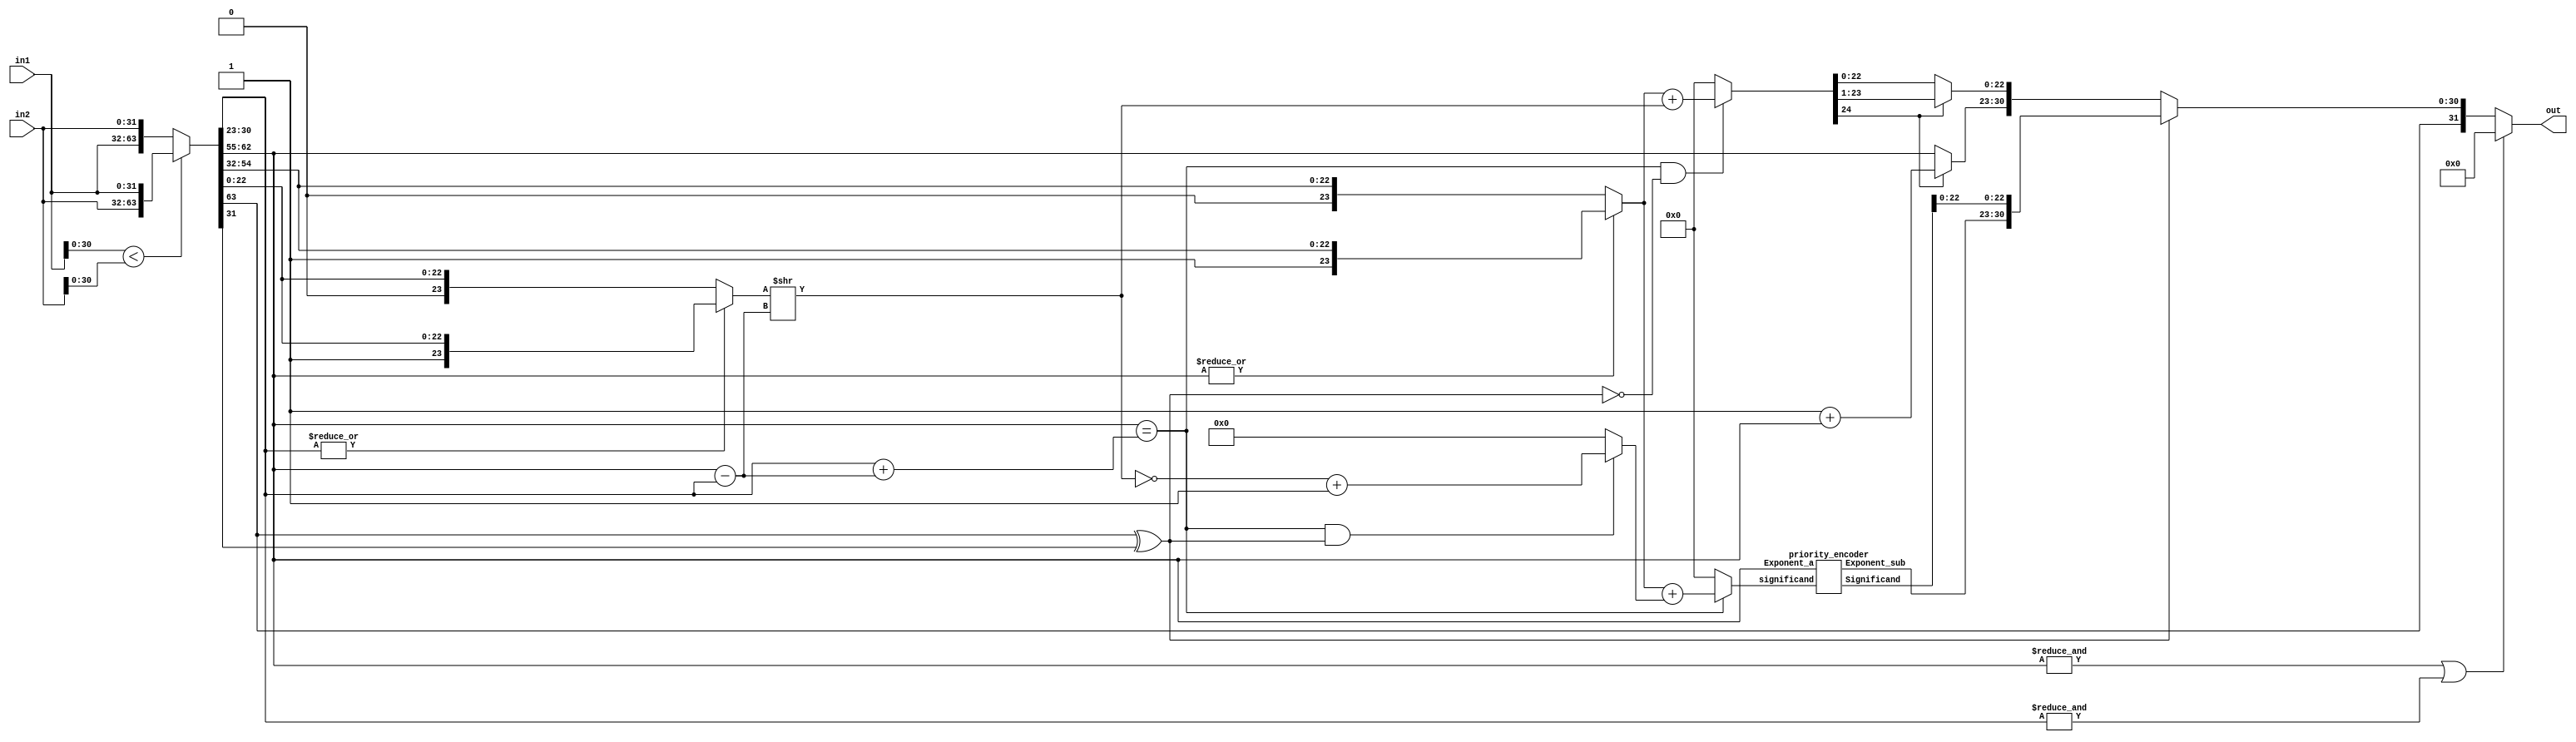
module add(
input [31:0] in1,in2, //Inputs in the format of IEEE-754 Representation.
output [31:0] out              //Outputs in the format of IEEE-754 Representation.
);

wire AddBar_Sub;				  //If Add_Sub is low then Addition else Subtraction.
wire Exception;
wire operation_sub_addBar;
wire Comp_enable;
wire output_sign;

wire [31:0] operand_a,operand_b;
wire [23:0] significand_a,significand_b;
wire [7:0] exponent_diff;


wire [23:0] significand_b_add_sub;
wire [7:0] exponent_b_add_sub;

wire [24:0] significand_add;
wire [30:0] add_sum;

wire [23:0] significand_sub_complement;
wire [24:0] significand_sub;
wire [30:0] sub_diff;
wire [24:0] subtraction_diff; 
wire [7:0] exponent_sub;

assign AddBar_Sub = 0;
//for operations always operand_a must not be less than in2
assign {Comp_enable,operand_a,operand_b} = (in1[30:0] < in2[30:0]) ? {1'b1,in2,in1} : {1'b0,in1,in2};

assign exp_a = operand_a[30:23];
assign exp_b = operand_b[30:23];

//Exception flag sets 1 if either one of the exponent is 255.
assign Exception = (&operand_a[30:23]) | (&operand_b[30:23]);

assign output_sign = AddBar_Sub ? Comp_enable ? !operand_a[31] : operand_a[31] : operand_a[31] ;

assign operation_sub_addBar = AddBar_Sub ? operand_a[31] ^ operand_b[31] : ~(operand_a[31] ^ operand_b[31]);

//Assigining significand values according to Hidden Bit.
//If exponent is equal to zero then hidden bit will be 0 for that respective significand else it will be 1
assign significand_a = (|operand_a[30:23]) ? {1'b1,operand_a[22:0]} : {1'b0,operand_a[22:0]};
assign significand_b = (|operand_b[30:23]) ? {1'b1,operand_b[22:0]} : {1'b0,operand_b[22:0]};

//Evaluating Exponent Difference
assign exponent_diff = operand_a[30:23] - operand_b[30:23];

//Shifting significand_b according to exponent_diff
assign significand_b_add_sub = significand_b >> exponent_diff;

assign exponent_b_add_sub = operand_b[30:23] + exponent_diff; 

//Checking exponents are same or not
assign perform = (operand_a[30:23] == exponent_b_add_sub);

///////////////////////////////////////////////////////////////////////////////////////////////////////
//------------------------------------------------ADD BLOCK------------------------------------------//

assign significand_add = (perform & operation_sub_addBar) ? (significand_a + significand_b_add_sub) : 25'd0; 

//out will be equal to Most 23 bits if carry generates else it will be Least 22 bits.
assign add_sum[22:0] = significand_add[24] ? significand_add[23:1] : significand_add[22:0];

//If carry generates in sum value then exponent must be added with 1 else feed as it is.
assign add_sum[30:23] = significand_add[24] ? (1'b1 + operand_a[30:23]) : operand_a[30:23];

///////////////////////////////////////////////////////////////////////////////////////////////////////
//------------------------------------------------SUB BLOCK------------------------------------------//

assign significand_sub_complement = (perform & !operation_sub_addBar) ? ~(significand_b_add_sub) + 24'd1 : 24'd0 ; 

assign significand_sub = perform ? (significand_a + significand_sub_complement) : 25'd0;

priority_encoder pe(significand_sub,operand_a[30:23],subtraction_diff,exponent_sub);

assign sub_diff[30:23] = exponent_sub;

assign sub_diff[22:0] = subtraction_diff[22:0];

///////////////////////////////////////////////////////////////////////////////////////////////////////
//-------------------------------------------------OUTPUT--------------------------------------------//

//If there is no exception and operation will evaluate


assign out = Exception ? 32'b0 : ((!operation_sub_addBar) ? {output_sign,sub_diff} : {output_sign,add_sum});

endmodule


module sub(
input [31:0] in1,in2, //Inputs in the format of IEEE-754 Representation.
output [31:0] out              //Outputs in the format of IEEE-754 Representation.
);

wire AddBar_Sub;				  //If Add_Sub is low then Addition else Subtraction.
wire Exception;
wire operation_sub_addBar;
wire Comp_enable;
wire output_sign;

wire [31:0] operand_a,operand_b;
wire [23:0] significand_a,significand_b;
wire [7:0] exponent_diff;


wire [23:0] significand_b_add_sub;
wire [7:0] exponent_b_add_sub;

wire [24:0] significand_add;
wire [30:0] add_sum;

wire [23:0] significand_sub_complement;
wire [24:0] significand_sub;
wire [30:0] sub_diff;
wire [24:0] subtraction_diff; 
wire [7:0] exponent_sub;

assign AddBar_Sub = 1;
//for operations always operand_a must not be less than in2
assign {Comp_enable,operand_a,operand_b} = (in1[30:0] < in2[30:0]) ? {1'b1,in2,in1} : {1'b0,in1,in2};

assign exp_a = operand_a[30:23];
assign exp_b = operand_b[30:23];

//Exception flag sets 1 if either one of the exponent is 255.
assign Exception = (&operand_a[30:23]) | (&operand_b[30:23]);

assign output_sign = AddBar_Sub ? Comp_enable ? !operand_a[31] : operand_a[31] : operand_a[31] ;

assign operation_sub_addBar = AddBar_Sub ? operand_a[31] ^ operand_b[31] : ~(operand_a[31] ^ operand_b[31]);

//Assigining significand values according to Hidden Bit.
//If exponent is equal to zero then hidden bit will be 0 for that respective significand else it will be 1
assign significand_a = (|operand_a[30:23]) ? {1'b1,operand_a[22:0]} : {1'b0,operand_a[22:0]};
assign significand_b = (|operand_b[30:23]) ? {1'b1,operand_b[22:0]} : {1'b0,operand_b[22:0]};

//Evaluating Exponent Difference
assign exponent_diff = operand_a[30:23] - operand_b[30:23];

//Shifting significand_b according to exponent_diff
assign significand_b_add_sub = significand_b >> exponent_diff;

assign exponent_b_add_sub = operand_b[30:23] + exponent_diff; 

//Checking exponents are same or not
assign perform = (operand_a[30:23] == exponent_b_add_sub);

///////////////////////////////////////////////////////////////////////////////////////////////////////
//------------------------------------------------ADD BLOCK------------------------------------------//

assign significand_add = (perform & operation_sub_addBar) ? (significand_a + significand_b_add_sub) : 25'd0; 

//out will be equal to Most 23 bits if carry generates else it will be Least 22 bits.
assign add_sum[22:0] = significand_add[24] ? significand_add[23:1] : significand_add[22:0];

//If carry generates in sum value then exponent must be added with 1 else feed as it is.
assign add_sum[30:23] = significand_add[24] ? (1'b1 + operand_a[30:23]) : operand_a[30:23];


///////////////////////////////////////////////////////////////////////////////////////////////////////
//------------------------------------------------SUB BLOCK------------------------------------------//

assign significand_sub_complement = (perform & !operation_sub_addBar) ? ~(significand_b_add_sub) + 24'd1 : 24'd0 ; 

assign significand_sub = perform ? (significand_a + significand_sub_complement) : 25'd0;

priority_encoder pe(significand_sub,operand_a[30:23],subtraction_diff,exponent_sub);

assign sub_diff[30:23] = exponent_sub;

assign sub_diff[22:0] = subtraction_diff[22:0];

///////////////////////////////////////////////////////////////////////////////////////////////////////
//-------------------------------------------------OUTPUT--------------------------------------------//

//If there is no exception and operation will evaluate


assign out = Exception ? 32'b0 : ((!operation_sub_addBar) ? {output_sign,sub_diff} : {output_sign,add_sum});

endmodule

`timescale 1ns / 1ps
module mul (input [31:0]in1,
            input [31:0]in2,
            output [31:0] out);

reg [23:0] A_Mantissa,B_Mantissa;
reg [22:0] Mantissa;
reg [47:0] Temp_Mantissa;
reg [7:0] A_Exponent,B_Exponent,Temp_Exponent,diff_Exponent,Exponent;
reg A_sign,B_sign,Sign;
reg [32:0] Temp;
reg [6:0] exp_adjust;
always@(*)
begin
A_Mantissa = {1'b1,in1[22:0]};
A_Exponent = in1[30:23];
A_sign = in1[31];
  
B_Mantissa = {1'b1,in2[22:0]};
B_Exponent = in2[30:23];
B_sign = in2[31];

Temp_Exponent = A_Exponent+B_Exponent-127;
Temp_Mantissa = A_Mantissa*B_Mantissa;
Mantissa = Temp_Mantissa[47] ? Temp_Mantissa[46:24] : Temp_Mantissa[45:23];
Exponent = Temp_Mantissa[47] ? Temp_Exponent+1'b1 : Temp_Exponent;
Sign = A_sign^B_sign;
end
assign out = {Sign,Exponent,Mantissa};
endmodule


module priority_encoder(
			input [24:0] significand,
			input [7:0] Exponent_a,
			output reg [24:0] Significand,
			output [7:0] Exponent_sub
			);

reg [4:0] shift;

always @(significand)
begin
	casex (significand)
		25'b1_1xxx_xxxx_xxxx_xxxx_xxxx_xxxx :	begin
													Significand = significand;
									 				shift = 5'd0;
								 			  	end
		25'b1_01xx_xxxx_xxxx_xxxx_xxxx_xxxx : 	begin						
										 			Significand = significand << 1;
									 				shift = 5'd1;
								 			  	end

		25'b1_001x_xxxx_xxxx_xxxx_xxxx_xxxx : 	begin						
										 			Significand = significand << 2;
									 				shift = 5'd2;
								 				end

		25'b1_0001_xxxx_xxxx_xxxx_xxxx_xxxx : 	begin 							
													Significand = significand << 3;
								 	 				shift = 5'd3;
								 				end

		25'b1_0000_1xxx_xxxx_xxxx_xxxx_xxxx : 	begin						
									 				Significand = significand << 4;
								 	 				shift = 5'd4;
								 				end

		25'b1_0000_01xx_xxxx_xxxx_xxxx_xxxx : 	begin						
									 				Significand = significand << 5;
								 	 				shift = 5'd5;
								 				end

		25'b1_0000_001x_xxxx_xxxx_xxxx_xxxx : 	begin						// 24'h020000
									 				Significand = significand << 6;
								 	 				shift = 5'd6;
								 				end

		25'b1_0000_0001_xxxx_xxxx_xxxx_xxxx : 	begin						// 24'h010000
									 				Significand = significand << 7;
								 	 				shift = 5'd7;
								 				end

		25'b1_0000_0000_1xxx_xxxx_xxxx_xxxx : 	begin						// 24'h008000
									 				Significand = significand << 8;
								 	 				shift = 5'd8;
								 				end

		25'b1_0000_0000_01xx_xxxx_xxxx_xxxx : 	begin						// 24'h004000
									 				Significand = significand << 9;
								 	 				shift = 5'd9;
								 				end

		25'b1_0000_0000_001x_xxxx_xxxx_xxxx : 	begin						// 24'h002000
									 				Significand = significand << 10;
								 	 				shift = 5'd10;
								 				end

		25'b1_0000_0000_0001_xxxx_xxxx_xxxx : 	begin						// 24'h001000
									 				Significand = significand << 11;
								 	 				shift = 5'd11;
								 				end

		25'b1_0000_0000_0000_1xxx_xxxx_xxxx : 	begin						// 24'h000800
									 				Significand = significand << 12;
								 	 				shift = 5'd12;
								 				end

		25'b1_0000_0000_0000_01xx_xxxx_xxxx : 	begin						// 24'h000400
									 				Significand = significand << 13;
								 	 				shift = 5'd13;
								 				end

		25'b1_0000_0000_0000_001x_xxxx_xxxx : 	begin						// 24'h000200
									 				Significand = significand << 14;
								 	 				shift = 5'd14;
								 				end

		25'b1_0000_0000_0000_0001_xxxx_xxxx  : 	begin						// 24'h000100
									 				Significand = significand << 15;
								 	 				shift = 5'd15;
								 				end

		25'b1_0000_0000_0000_0000_1xxx_xxxx : 	begin						// 24'h000080
									 				Significand = significand << 16;
								 	 				shift = 5'd16;
								 				end

		25'b1_0000_0000_0000_0000_01xx_xxxx : 	begin						// 24'h000040
											 		Significand = significand << 17;
										 	 		shift = 5'd17;
												end

		25'b1_0000_0000_0000_0000_001x_xxxx : 	begin						// 24'h000020
									 				Significand = significand << 18;
								 	 				shift = 5'd18;
								 				end

		25'b1_0000_0000_0000_0000_0001_xxxx : 	begin						// 24'h000010
									 				Significand = significand << 19;
								 	 				shift = 5'd19;
												end

		25'b1_0000_0000_0000_0000_0000_1xxx :	begin						// 24'h000008
									 				Significand = significand << 20;
								 					shift = 5'd20;
								 				end

		25'b1_0000_0000_0000_0000_0000_01xx : 	begin						// 24'h000004
									 				Significand = significand << 21;
								 	 				shift = 5'd21;
								 				end

		25'b1_0000_0000_0000_0000_0000_001x : 	begin						// 24'h000002
									 				Significand = significand << 22;
								 	 				shift = 5'd22;
								 				end

		25'b1_0000_0000_0000_0000_0000_0001 : 	begin						// 24'h000001
									 				Significand = significand << 23;
								 	 				shift = 5'd23;
								 				end

		25'b1_0000_0000_0000_0000_0000_0000 : 	begin						// 24'h000000
								 					Significand = significand << 24;
							 	 					shift = 5'd24;
								 				end
		25'b0_0000_0000_0000_0000_0000_0000 : begin
            Significand = 25'b0; // Output zero when significand is zero
            shift = 5'd0; // No shift needed
        end
		default : 	begin
						Significand = (~significand) + 1'b1;
						shift = 8'd0;
					end

	endcase
end
assign Exponent_sub = Exponent_a - shift;

endmodule